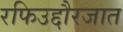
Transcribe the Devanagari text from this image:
रफिउद्दौरजात